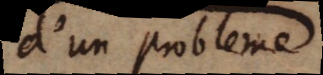
d’un probleme